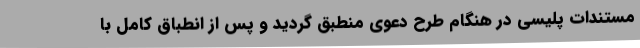
مستندات پلیسی در هنگام طرح دعوی منطبق گردید و پس از انطباق کامل با